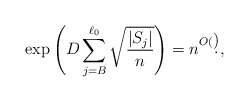
\begin{align*}\exp\left(D\sum_{j=B}^{\ell_0}\sqrt{\frac{|S_j|}{n}}\right)=n^{O(\d)},\end{align*}